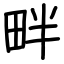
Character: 畔